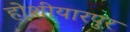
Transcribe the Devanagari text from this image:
होशीयारपुर